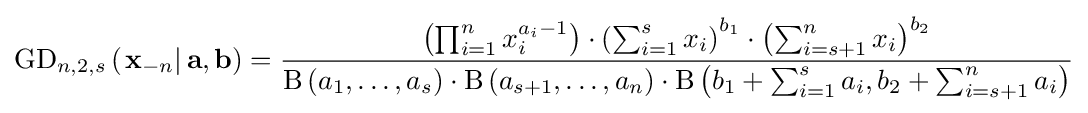
\operatorname {GD} _{n,2,s}\left(\left.\mathbf {x} _{-n}\right|\mathbf {a} ,\mathbf {b} \right)={\frac {\left(\prod _{i=1}^{n}x_{i}^{a_{i}-1}\right)\cdot \left(\sum _{i=1}^{s}x_{i}\right)^{b_{1}}\cdot \left(\sum _{i=s+1}^{n}x_{i}\right)^{b_{2}}}{\operatorname {\mathrm {B} } \left(a_{1},\ldots ,a_{s}\right)\cdot \operatorname {\mathrm {B} } \left(a_{s+1},\ldots ,a_{n}\right)\cdot \operatorname {\mathrm {B} } \left(b_{1}+\sum _{i=1}^{s}a_{i},b_{2}+\sum _{i=s+1}^{n}a_{i}\right)}}